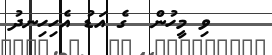
ވި މީހުން  ގެ އަޑު އެހިހިނދު